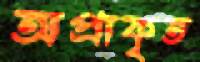
অপ্রাকৃত